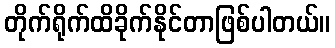
တိုက်ရိုက်ထိခိုက်နိုင်တာဖြစ်ပါတယ်။